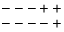
\begin{array} { c } { { --- + + } } \\ { { --- - + } } \end{array}